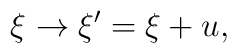
\xi \rightarrow \xi ^{\prime }=\xi +u,